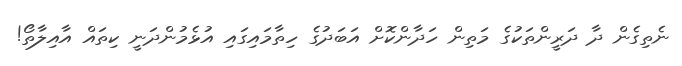
ނެތިގެން ދާ ދަރީންތަކުގެ މަތިން ހަދާންކޮށް އަބަދުގެ ހިތާމައިގައި އުޅެމުންދަނީ ކިތައް އާއިލާތޯ!